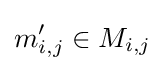
m'_{i,j}\in M_{i,j}